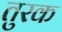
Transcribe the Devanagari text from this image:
तुरक